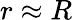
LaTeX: r\approx R